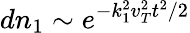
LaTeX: dn_{1}\sim e^{-k_{1}^{2}v_{T}^{2}t^{2}/2}